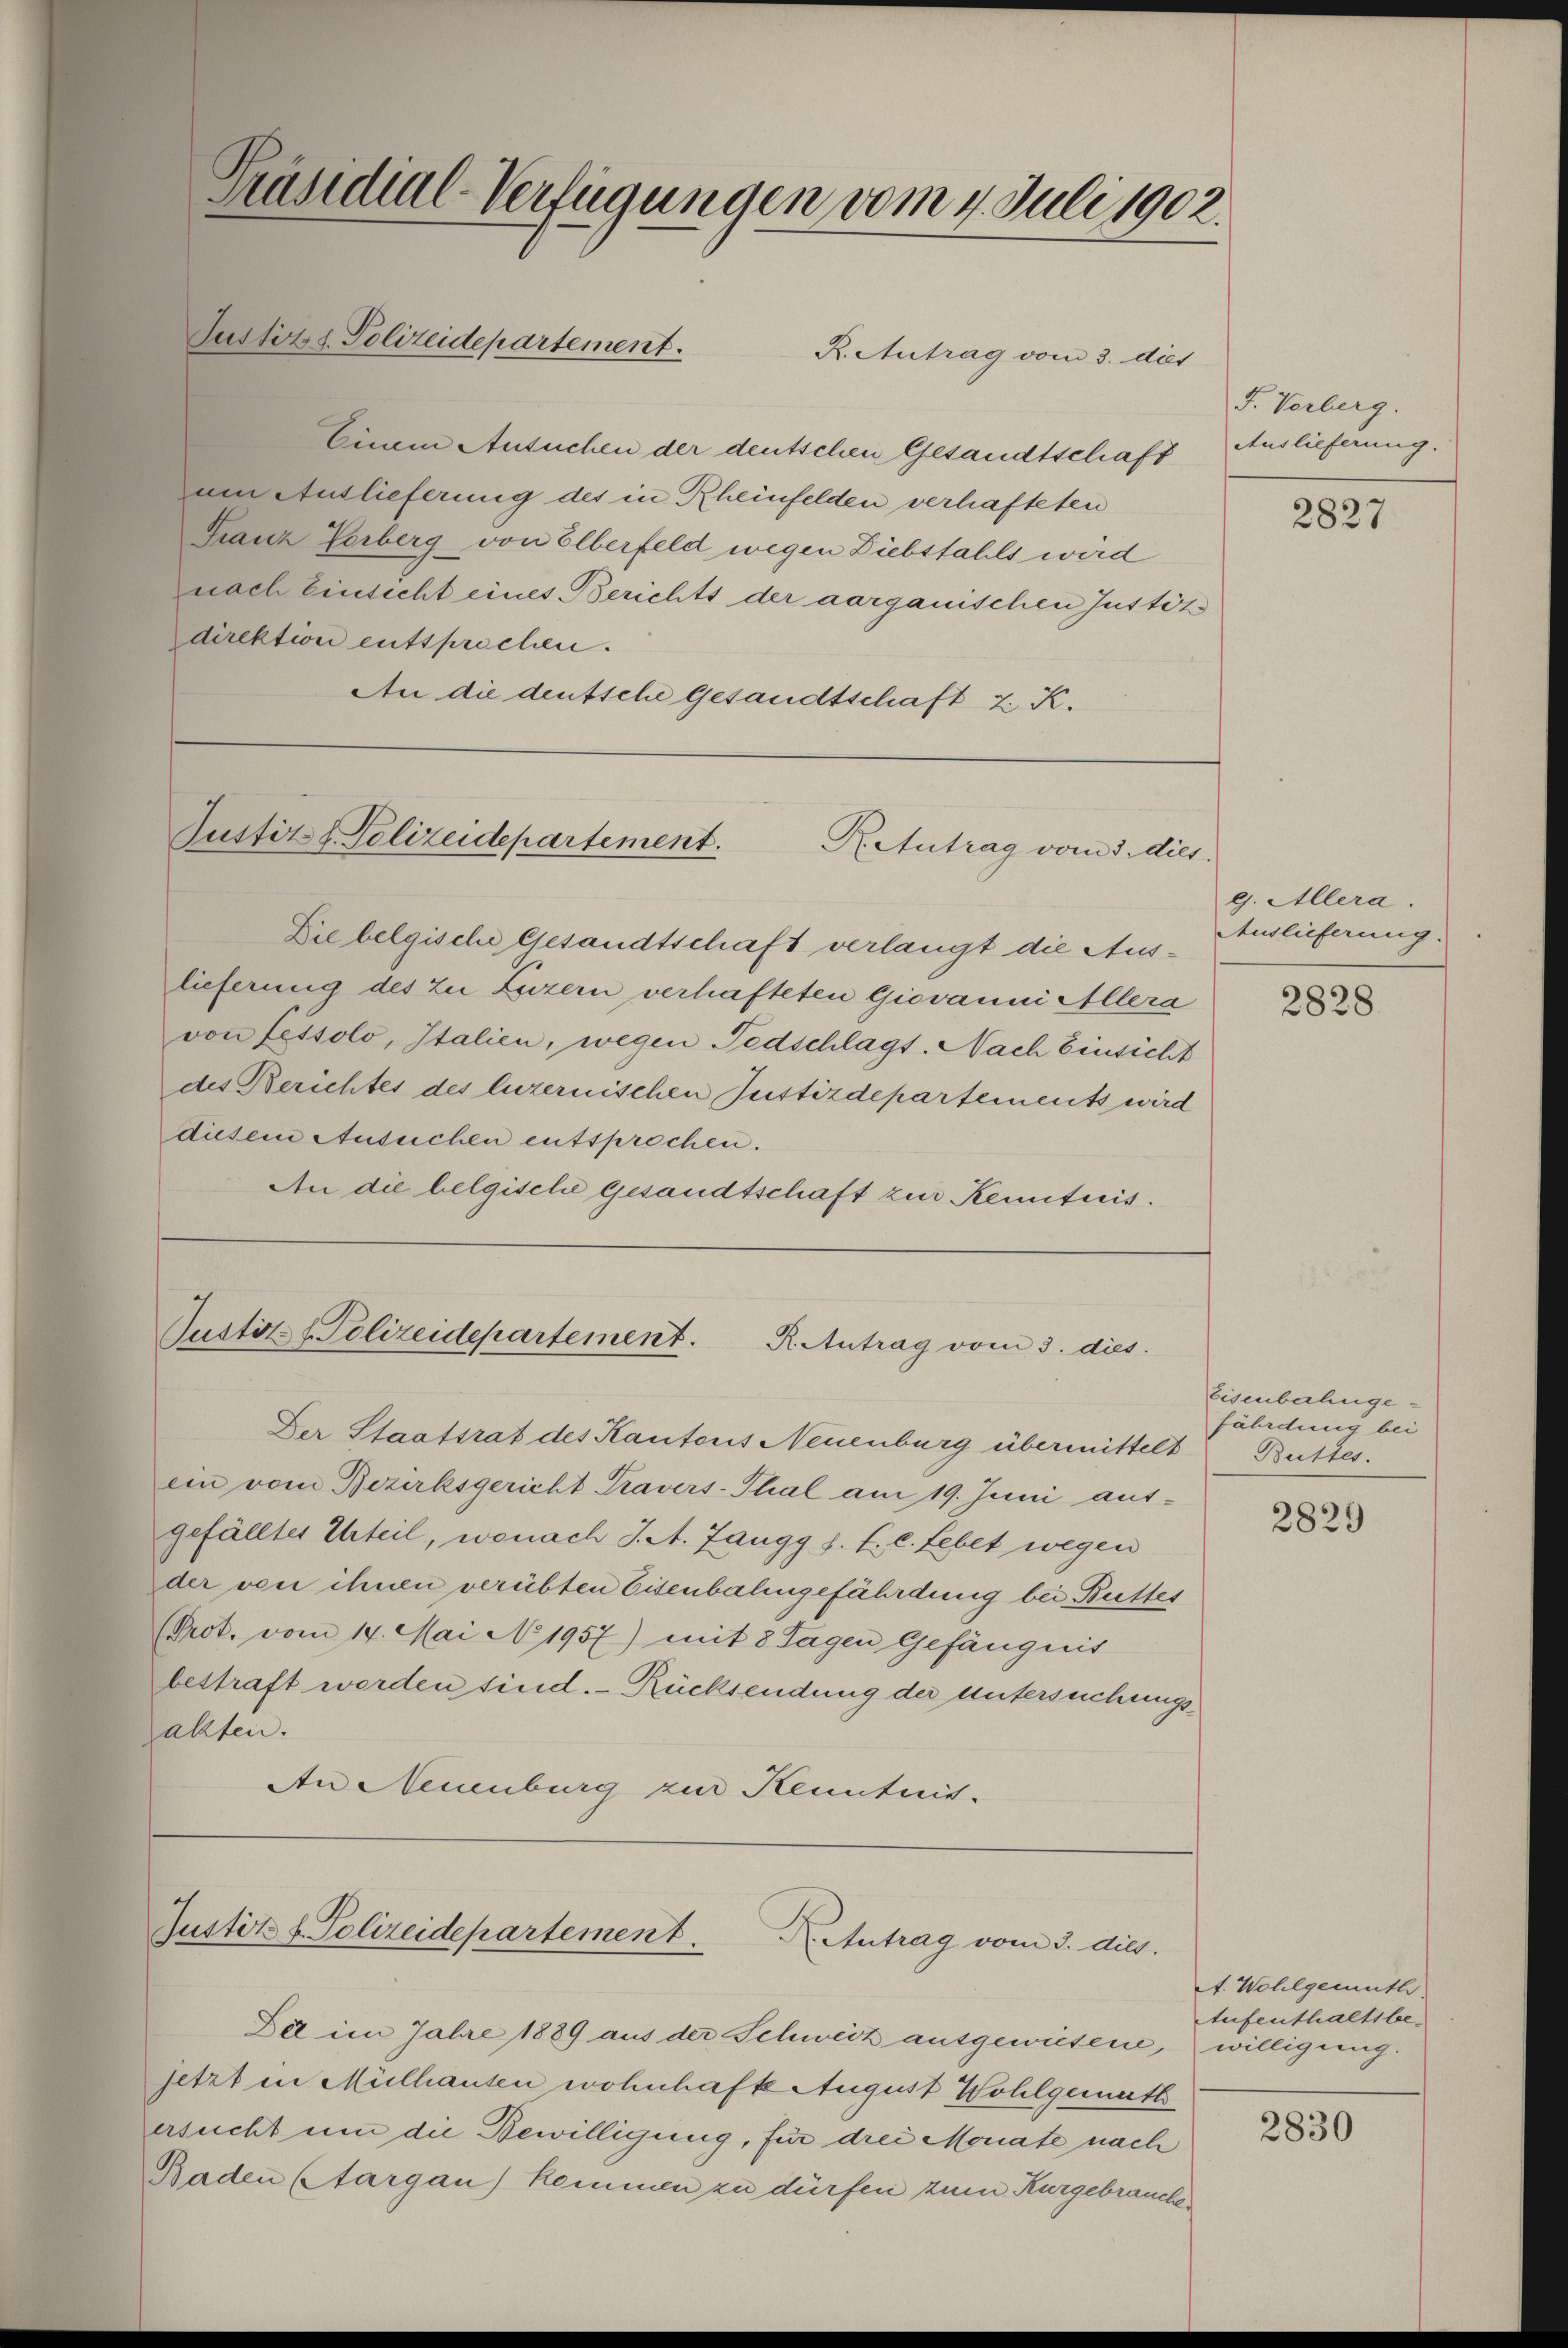
Präsidial-Verfügungen vom 4. Juli 1902.
Justiz & Polizeidepartement.
R. Antrag vom 3. diet

Einem Ansuchen der deutschen Gesandtschaft Auslieferung.
um Auslieferung des in Rheinfelden verhafteten
Franz Verberg von Elberfeld wegen Diebstahls wird
nach Einsicht eines Berichts der aarganischen Justiz-
direktion entsprechen.
An die deutsche Gesandtschaft z. K.

Justiz & Polizeidepartement.
Retutrag vom 3. dies

Die belgische Gesandtschaft verlangt die Auslieferung des zu Luzern verhafteten Giovanni Allera
von fessolo, Italien, wegen Todschlags. Nach Einsicht
des Berichtes des luzernischen Justizdepartements wird
diesem Ansuchen entsprechen.
An die belgische gesandtschaft zur Kenntnis.

Justiz & Polizeidepartement.
R. Antrag vom 3. dies

Der Staatsrat des Kantons Neuenburg übermittelt Buttes.
ein vom Bezirksgericht Travers-Thal am 19. Juni auf-
gefälltes Urteil, wonach J. A. Zangg s. f. l. Lebet wegen
der von ihnen verübten Eisenbalingefährdung bei Buttes
Prot. vom 14. Mai No 1957) mit 8 Tagen Gefängnis
bestraft werden sind. - Rücksendung der untersuchungsjahten.
An Neuenburg zur Kenntnis-

Justitz v. Polizeidepartement.
Dr. Antrag vom 3. dies.

Die im Jahre 1889 aus der Schweiz ausgewiesene,
setzt in Mülhausen wohnhafte August Wohlgemuth
ersucht um die Bewilligung, für drei Monate nach
Baden Aargau) kommen zu dürfen zum Kurgebrauche

F. Verberg.

2827

g. Allera.
Auslieferung.

2828

Eisenbahngefährden bei

2829

A. Wohlgemuth.
AAufenthaltsbewilligung.

2830